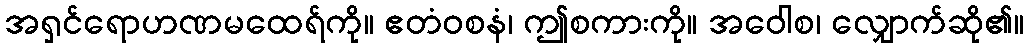
အရှင်ရောဟဏမထေရ်ကို။ ဧတံဝစနံ၊ ဤစကားကို။ အဝေါစ၊ လျှောက်ဆို၏။